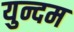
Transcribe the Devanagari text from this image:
युन्दम